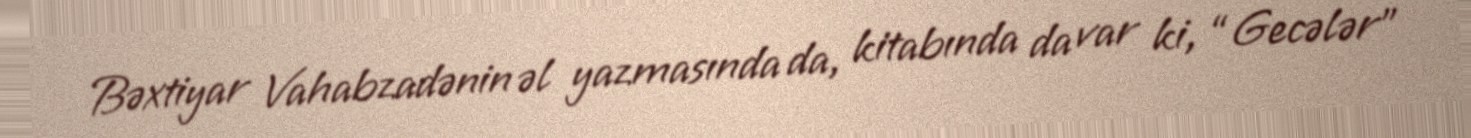
Bəxtiyar Vahabzadənin əl yazmasında da, kitabında da var ki, “Gecələr”